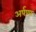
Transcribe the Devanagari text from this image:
अर्पणा